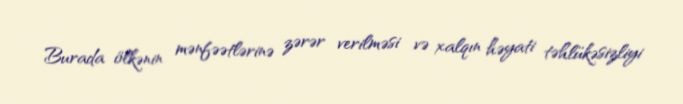
Burada ölkənin mənfəətlərinə zərər verilməsi və xalqın həyati təhlükəsizliyi